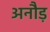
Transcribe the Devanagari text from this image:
अनौड़